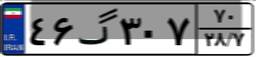
۴۶گ۳۰۷۷۰